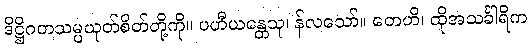
ဒိဋ္ဌိဂတသမ္ပယုတ်စိတ်တို့ကို။ ပဟီယန္တေသု၊ န်လသော်။ တေဟိ၊ ထိုအသင်္ခါရိက